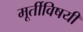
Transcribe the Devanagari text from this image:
मूर्तीविषयी